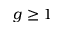
g \ge 1